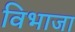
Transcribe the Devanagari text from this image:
विभाजा